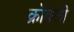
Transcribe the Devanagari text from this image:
क्रोवली